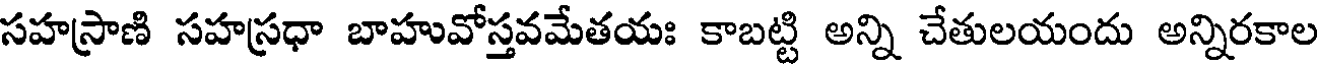
సహస్రాణి సహస్రధా బాహువోస్తవమేతయః కాబట్టి అన్ని చేతులయందు అన్నిరకాల